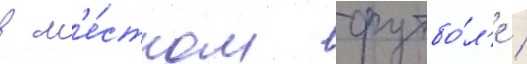
в м'е́стном футбо́л'е /